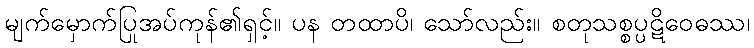
မျက်မှောက်ပြုအပ်ကုန်၏ရှင့်။ ပန တထာပိ၊ သော်လည်း။ စတုသစ္စပ္ပဋိဝေဓဿ၊